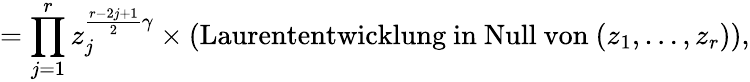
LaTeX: =\prod_{j=1}^{r}z_{j}^{\frac{r-2j+1}{2}\gamma}\times\mathrm{(Laurententwicklung~in~Null~von~}(z_{1},\ldots,z_{r})),